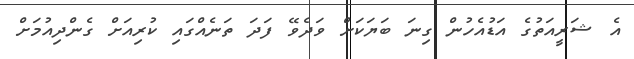
އެ ޝަރީއަތުގެ އަޑުއެހުން ގިނަ ބަޔަކަށް ވަދެވޭ ފަދަ ތަނެއްގައި ކުރިއަށް ގެންދިއުމަށް